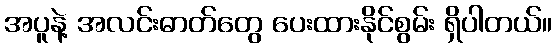
အပူနဲ့ အလင်းဓာတ်တွေ ပေးထားနိုင်စွမ်း ရှိပါတယ်။